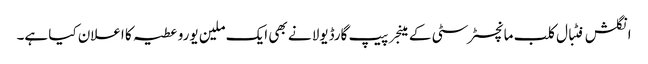
انگلش فٹبال کلب مانچسٹر سٹی کے مینجر پیپ گارڈیولا نے بھی ایک ملین یورو عطیہ کا اعلان کیا ہے۔